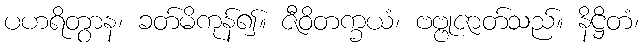
ပဟရိတွာန၊ ခတ်မိကုန်၍။ ဇီဝိတက္ခယံ၊ ဗဗ္ဗုဇာတ်သည်။ နိဋ္ဌိတံ၊